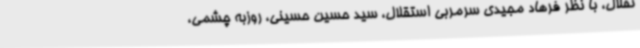
تقلال، با نظر فرهاد مجیدی سرمربی استقلال، سید حسین حسینی، روزبه چشمی،